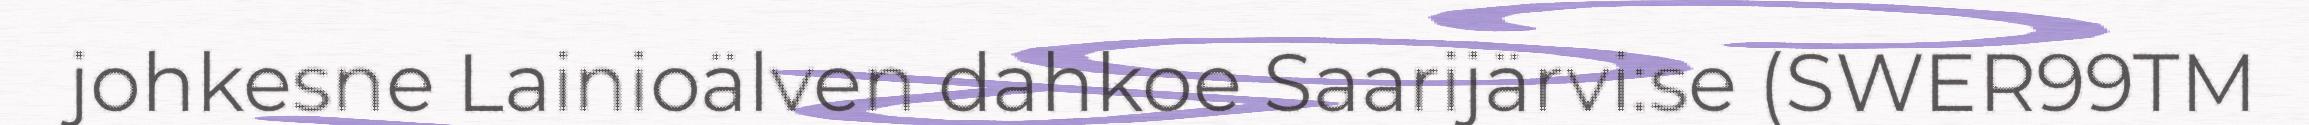
johkesne Lainioälven dahkoe Saarijärvi:se (SWER99TM